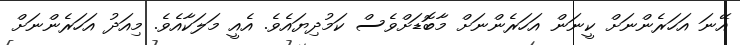
އޭނަ އަހަރެންނަށް ކީނަން އަހަރެންނަށް މާބޮޑަށްވެސް ކަމުދިޔައެވެ. އެއީ މަލަކާއެވެ. މިއަދު އަހަރެންނަށް